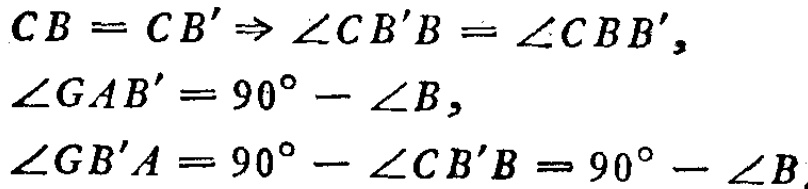
\[
\begin{align*}
CB = CB'&\Rightarrow \angle CB'B=\angle CBB',\\
\angle GAB'&=90^{\circ}-\angle B,\\
\angle GB'A&=90^{\circ}-\angle CB'B = 90^{\circ}-\angle B
\end{align*}
\]